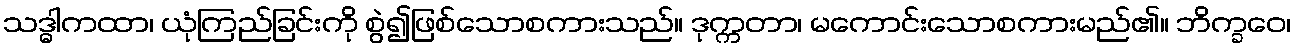
သဒ္ဓါကထာ၊ ယုံကြည်ခြင်းကို စွဲ၍ဖြစ်သောစကားသည်။ ဒုက္ကတာ၊ မကောင်းသောစကားမည်၏။ ဘိက္ခဝေ၊